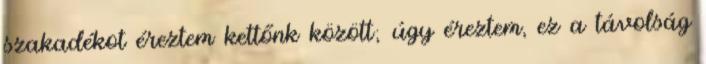
szakadékot éreztem kettőnk között; úgy éreztem, ez a távolság